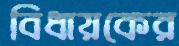
বিধায়কের